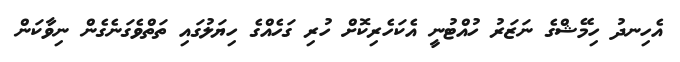
އެހިނދު ހިމޭޝްގެ ނަޒަރު ހުއްޓުނީ އެކަހެރިކޮށް ހުރި ގަހެއްގެ ހިޔަލުގައި ތަތްވެގަނެގެން ނިވާކަން